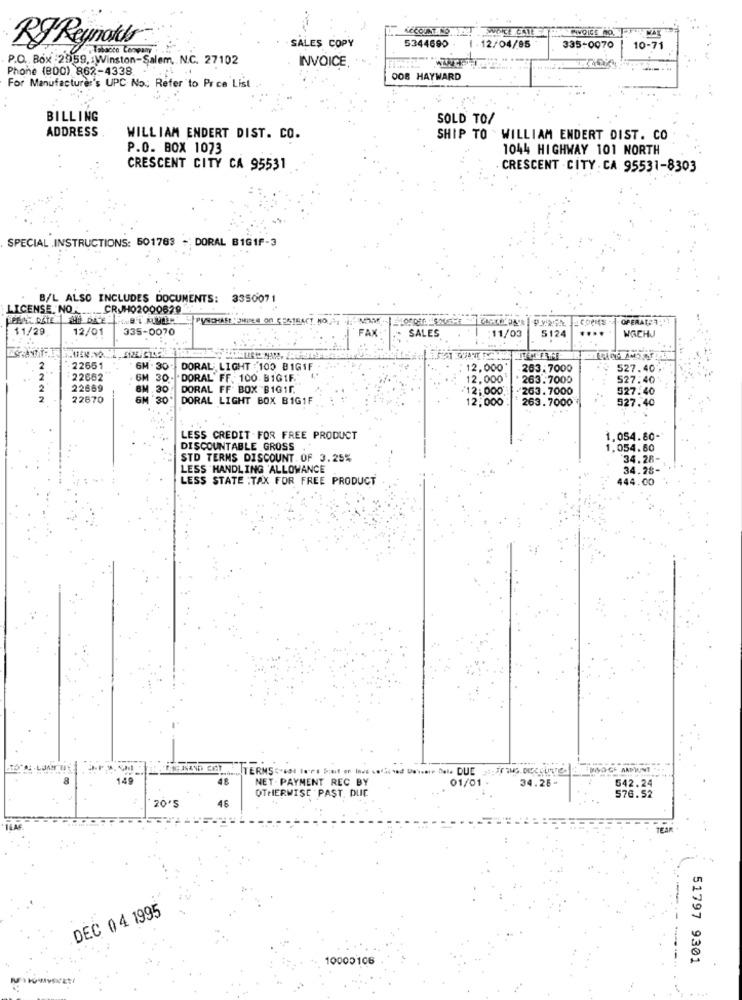
RJ Reynolds
5344690
SALES COPY
·12/04/85
335-0070
10-71
P.O. Box :2959, Winston-Salem, N.C. 27102
INVOICE
Phone (800) 862-4338.
008 HAYWARD
For Manufacturer's UPC No: Refer to Price List
BILLING
SOLD TO/
ADDRESS
WILLIAM ENDERT DIST. CO.
SHIP TO . WILLIAM ENDERT DIST. CO
P.O. BOX 1073
1044 HIGHWAY 101 NORTH
CRESCENT CITY CA 95531
CRESCENT . CITY . CA 95531-8303
SPECIAL .INSTRUCTIONS: 501763 - DORAL B1G1F-3
B/L ALSO INCLUDES DOCUMENTS:
335007
LICENSE. NO
CRJH02000629
OPERATA7:
1/29
12/01
335-0070
FAX
SALES
5124
....
WACHJ
:11/03
22651
6M . 30
DORAL LIGHT 100 BIG1F
12,000
263.7000
527.40
22662
30
DORAL' FF. 100. BIG1F.
12,000
263.7000
527:40
22669
DORAL FF BOX BIG11
$12;000
263. 7000
527.40
22870
DORAL LIGHT BOX BIG1F
12,000
263.7000
527.40
LESS CREDIT FOR FREE PRODUCT
1.054.80-
DISCOUNTABLE GROSS
1.054.80
STD TERMS DISCOUNT. OF 3.25%
34.28-
LESS HANDLING 'ALLOWANCE
34.28-
LESS STATE :TAX FOR FREE PRODUCT
444.00
149
18
NET . PAYMENT REC BY
01/01 .
34.26-
542.24
20'5
46
OTHERWISE PAST. DUE
576.52
DEC 0 4 1995
10000106
51797 9301